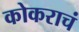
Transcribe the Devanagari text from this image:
कोकराचं